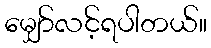
မျှော်လင့်ရပါတယ်။